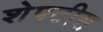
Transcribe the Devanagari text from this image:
शेपटीस